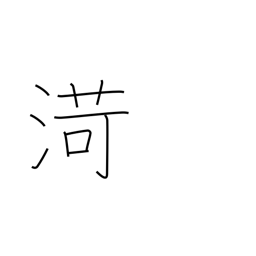
Meaning: name of Chinese river